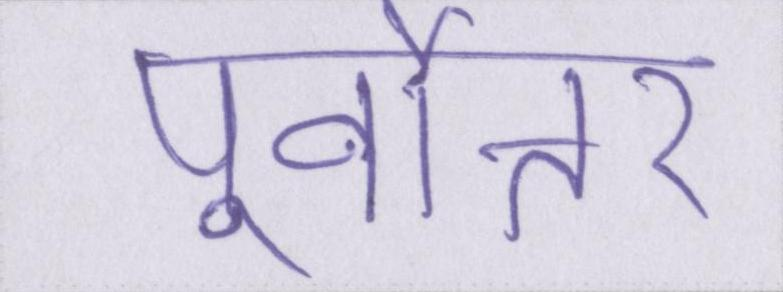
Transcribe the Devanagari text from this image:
पूर्वोत्तर